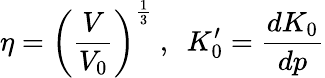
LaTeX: \eta=\left({\frac{V}{V_{0}}}\right)^{\frac{1}{3}}~,~~K_{0}^{\prime}={\frac{dK_{0}}{dp}}